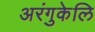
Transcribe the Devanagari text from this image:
अरंगुकेलि